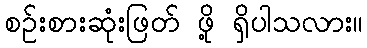
စဉ်းစားဆုံးဖြတ် ဖို့ ရှိပါသလား။